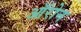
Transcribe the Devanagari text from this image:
ऑरोन